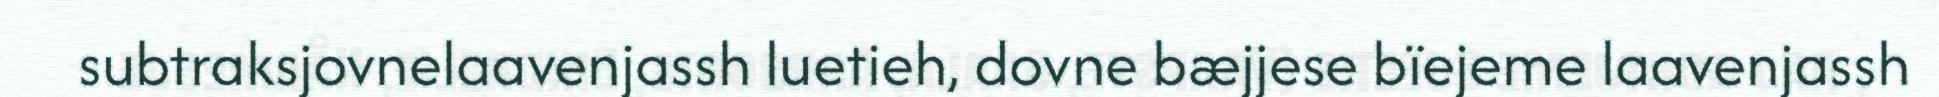
subtraksjovnelaavenjassh luetieh, dovne bæjjese bïejeme laavenjassh